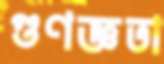
গুণজ্ঞতা